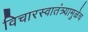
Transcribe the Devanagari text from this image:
विचारस्वातंत्र्यामुळेच